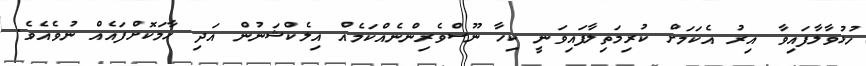
ހުޅުވާލާފައިވާ އިރު އެކަމަށް ކުރިމަތިލާފައިވަނީ ކިހާ ނޫސްވެރިންނެއްކަމެއް އިލެކްޝަނުން އަދި ހާމަކޮށްފައެއް ނުވެއެވެ.